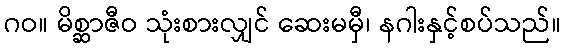
ဂဝ။ မိစ္ဆာဇီဝ သုံးစားလျှင် ဆေးမမှီ၊ နဂါးနှင့်စပ်သည်။